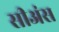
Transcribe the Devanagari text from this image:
सीअंस